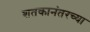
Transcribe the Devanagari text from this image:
शतकानंतरच्या